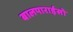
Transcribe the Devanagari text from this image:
बालपाराईसो